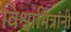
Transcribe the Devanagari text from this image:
विश्वामित्रांनी